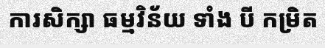
ការសិក្សា ធម្មវិន័យ ទាំង បី កម្រិត